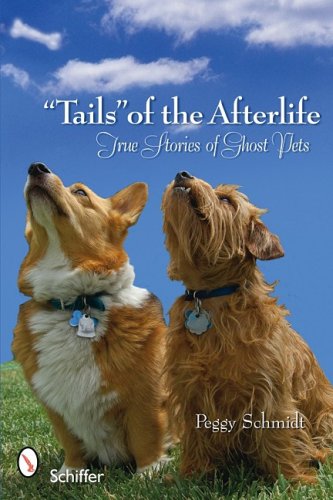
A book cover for "Tails" of the Afterlife: True Stories of Ghost Pets; Peggy Schmidt; Crafts, Hobbies & Home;